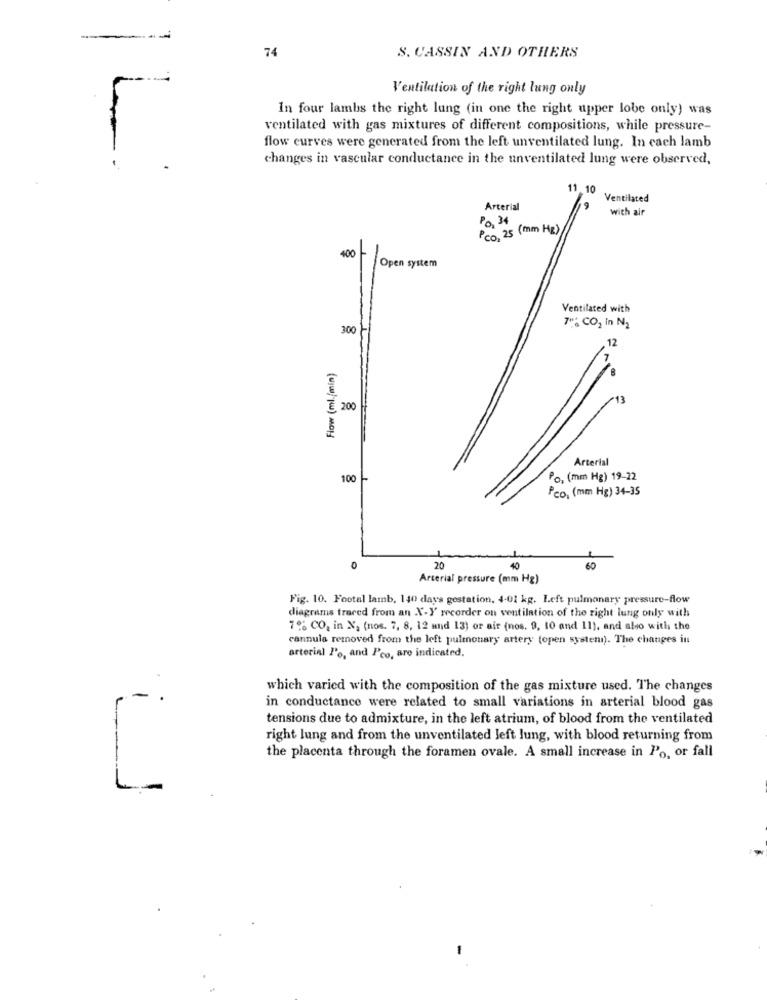
--
74
S. CASSIN AND OTHERS
Ventilation of the right lung only
In four lambs the right lung (in one the right upper lobe only) was
ventilated with gas mixtures of different compositions, while pressure-
flow curves were generated from the left unventilated lung. In each lamb
changes in vascular conductance in the unventilated lung were observed,
11.10
Ventilated
Arterial
19
with air
Po 34
Pco, 25 (mm Hg)
400 Open system
Ventilated with
300
7": CO2 In N2
Flow (ml./min)
E 200
Arterial
100 -
Po, (mm Hg) 19-22
Pco, (mm Hg) 34-35
0
20
60
Arterial pressure (mm Hg)
Fig. 10. Footal lamb, 140 days gestation, 4-01 kg. Left pulmonary pressure-flow
diagrams traced from an X-Y recorder on ventilation of the right lung only with
7% CO, in N, (nos. 7, 8, 12 and 13) or air (nos. 9, 10 and 11), and also with the
cannula removed from the left pulmonary artery (open system). The changes in
arterial l'e, and l'co, are indicated.
which varied with the composition of the gas mixture used. The changes
in conductance were related to small variations in arterial blood gas
tensions due to admixture, in the left atrium, of blood from the ventilated
right lung and from the unventilated left lung, with blood returning from
the placenta through the foramen ovale. A small increase in Po, or fall
L-